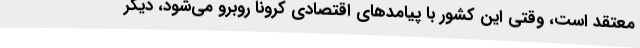
معتقد است، وقتی این کشور با پیامدهای اقتصادی کرونا روبرو می‌شود، دیگر